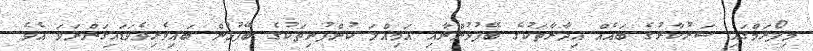
މިފޯރަމްގައި ސަރުކާރުގެ ބައެއް އިދާރާތަކުގެ ބޭފުޅުންނާއި އަމިއްލަ ކުންފުނިތަކުގެ ބޭފުޅުން ބައިވެރިވެވަޑައިގަންނަވަ އެވެ.